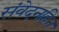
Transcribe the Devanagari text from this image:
संवेदनहिन